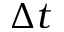
\Delta t